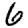
Digit: 6